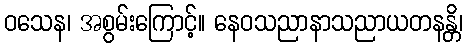
ဝသေန၊ အစွမ်းကြောင့်။ နေဝသညာနာသညာယတနန္တိ၊